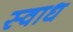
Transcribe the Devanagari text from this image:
स्वाध